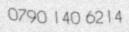
0790 140 6214